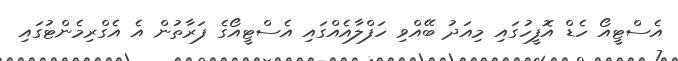
އެސްޓީއޯ ހެޑް އޮފީހުގައި މިއަދު ބޭއްވި ހަފްލާއެއްގައި އެސްޓީއޯގެ ފަރާތުން އެ އެގްރިމެންޓުގައި